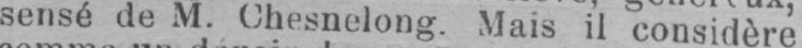
sensé de M. Chesnelong. Mais il considère